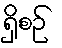
ရှိစဉ်